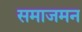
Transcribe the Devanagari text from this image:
समाजमन